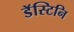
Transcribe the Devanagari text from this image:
डॅस्टिनि